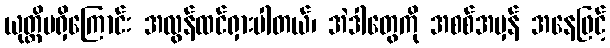
ယုတ္တိမရှိကြောင်း အလွန်ထင်ရှားပါတယ်၊ အဲဒါတွေကို အစစ်အမှန် အနေဖြင့်